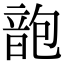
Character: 𩐜